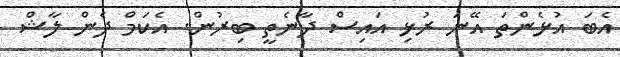
އެބަ އުޅެންތަ އޭނަ ރުޅި އައިސް ދާނެތީ ބިރުން. އެކަމް ދެން ލާޝް